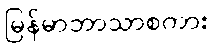
မြန်မာဘာသာစကား